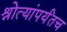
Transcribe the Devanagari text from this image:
श्रोत्यांपर्यंतच